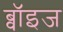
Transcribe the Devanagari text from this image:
ब्वॉइज